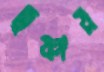
তৃষ্ণায়